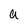
Character: a